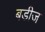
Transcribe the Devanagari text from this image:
बडीज